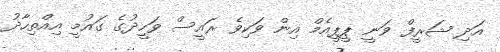
އަދި ޝަރީފް ވަނީ ޕީޕީއެމް އިން ވަކިވެ ރައީސް ވަހީދުގެ ގައުމީ އިއްތިހާދު